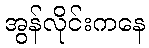
အွန်လိုင်းကနေ